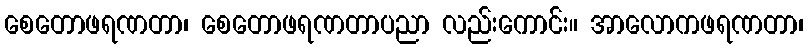
စေတောဖရဏတာ၊ စေတောဖရဏတာပညာ လည်းကောင်း။ အာလောကဖရဏတာ၊